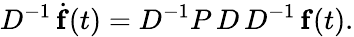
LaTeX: D^{-1}\, \dot{\mathbf{f}}(t)=D^{-1}P\, D\, D^{-1}\, \mathbf{f}(t).